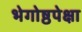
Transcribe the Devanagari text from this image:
भेगोष्ठपेक्षा